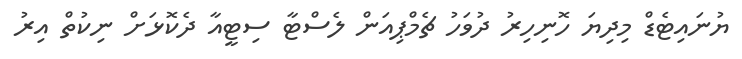
ޔުނައިޓެޑް މިދިޔަ ހޮނިހިރު ދުވަހު ޗެމްޕިއަން ލެސްޓާ ސިޓީއާ ދެކޮޅަށް ނިކުތް އިރު